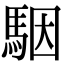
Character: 駰